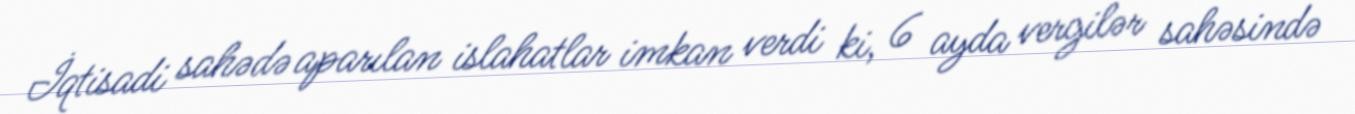
İqtisadi sahədə aparılan islahatlar imkan verdi ki, 6 ayda vergilər sahəsində